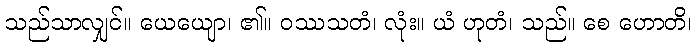
သည်သာလျှင်။ ယေယျော၊ ၏။ ဝဿသတံ၊ လုံး။ ယံ ဟုတံ၊ သည်။ စေ ဟောတိ၊